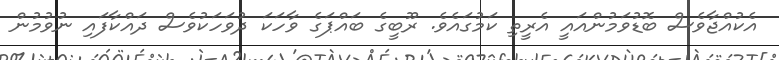
އެކުއްޖާވެސް ބޮޑުވަމުންއައީ އެރީތި ކަމުގައެވެ. ރޫބީގެ ބައްޕަގެ ވާހަކަ ދުވަހަކުވެސް ދައްކާފައި ނުވުމުން